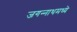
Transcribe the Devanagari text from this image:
जगन्‍नाथमध्ये